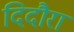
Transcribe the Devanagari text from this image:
दिदौरा